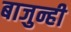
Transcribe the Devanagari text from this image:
बाजुन्ही